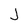
Character: J